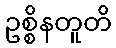
ဥစ္စိနတူတိ